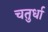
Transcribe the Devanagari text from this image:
चतुर्धा